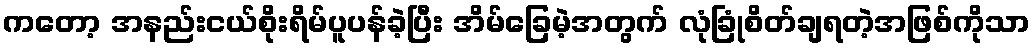
ကတော့ အနည်းငယ်စိုးရိမ်ပူပန်ခဲ့ပြီး အိမ်ခြေမဲ့အတွက် လုံခြုံစိတ်ချရတဲ့အဖြစ်ကိုသာ